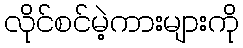
လိုင်စင်မဲ့ကားများကို